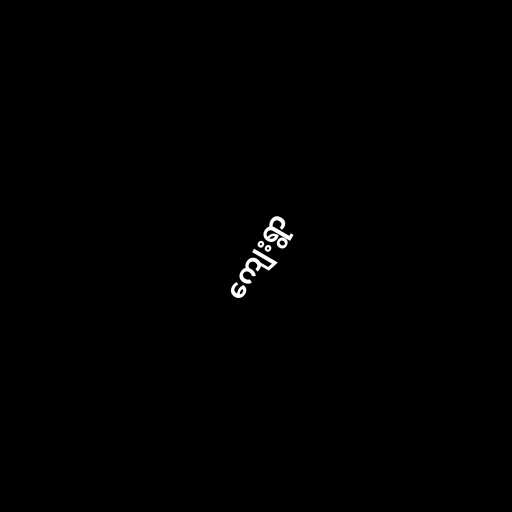
ကျေးရွာ